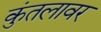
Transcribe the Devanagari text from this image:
कुंतलावर